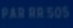
PARA50S